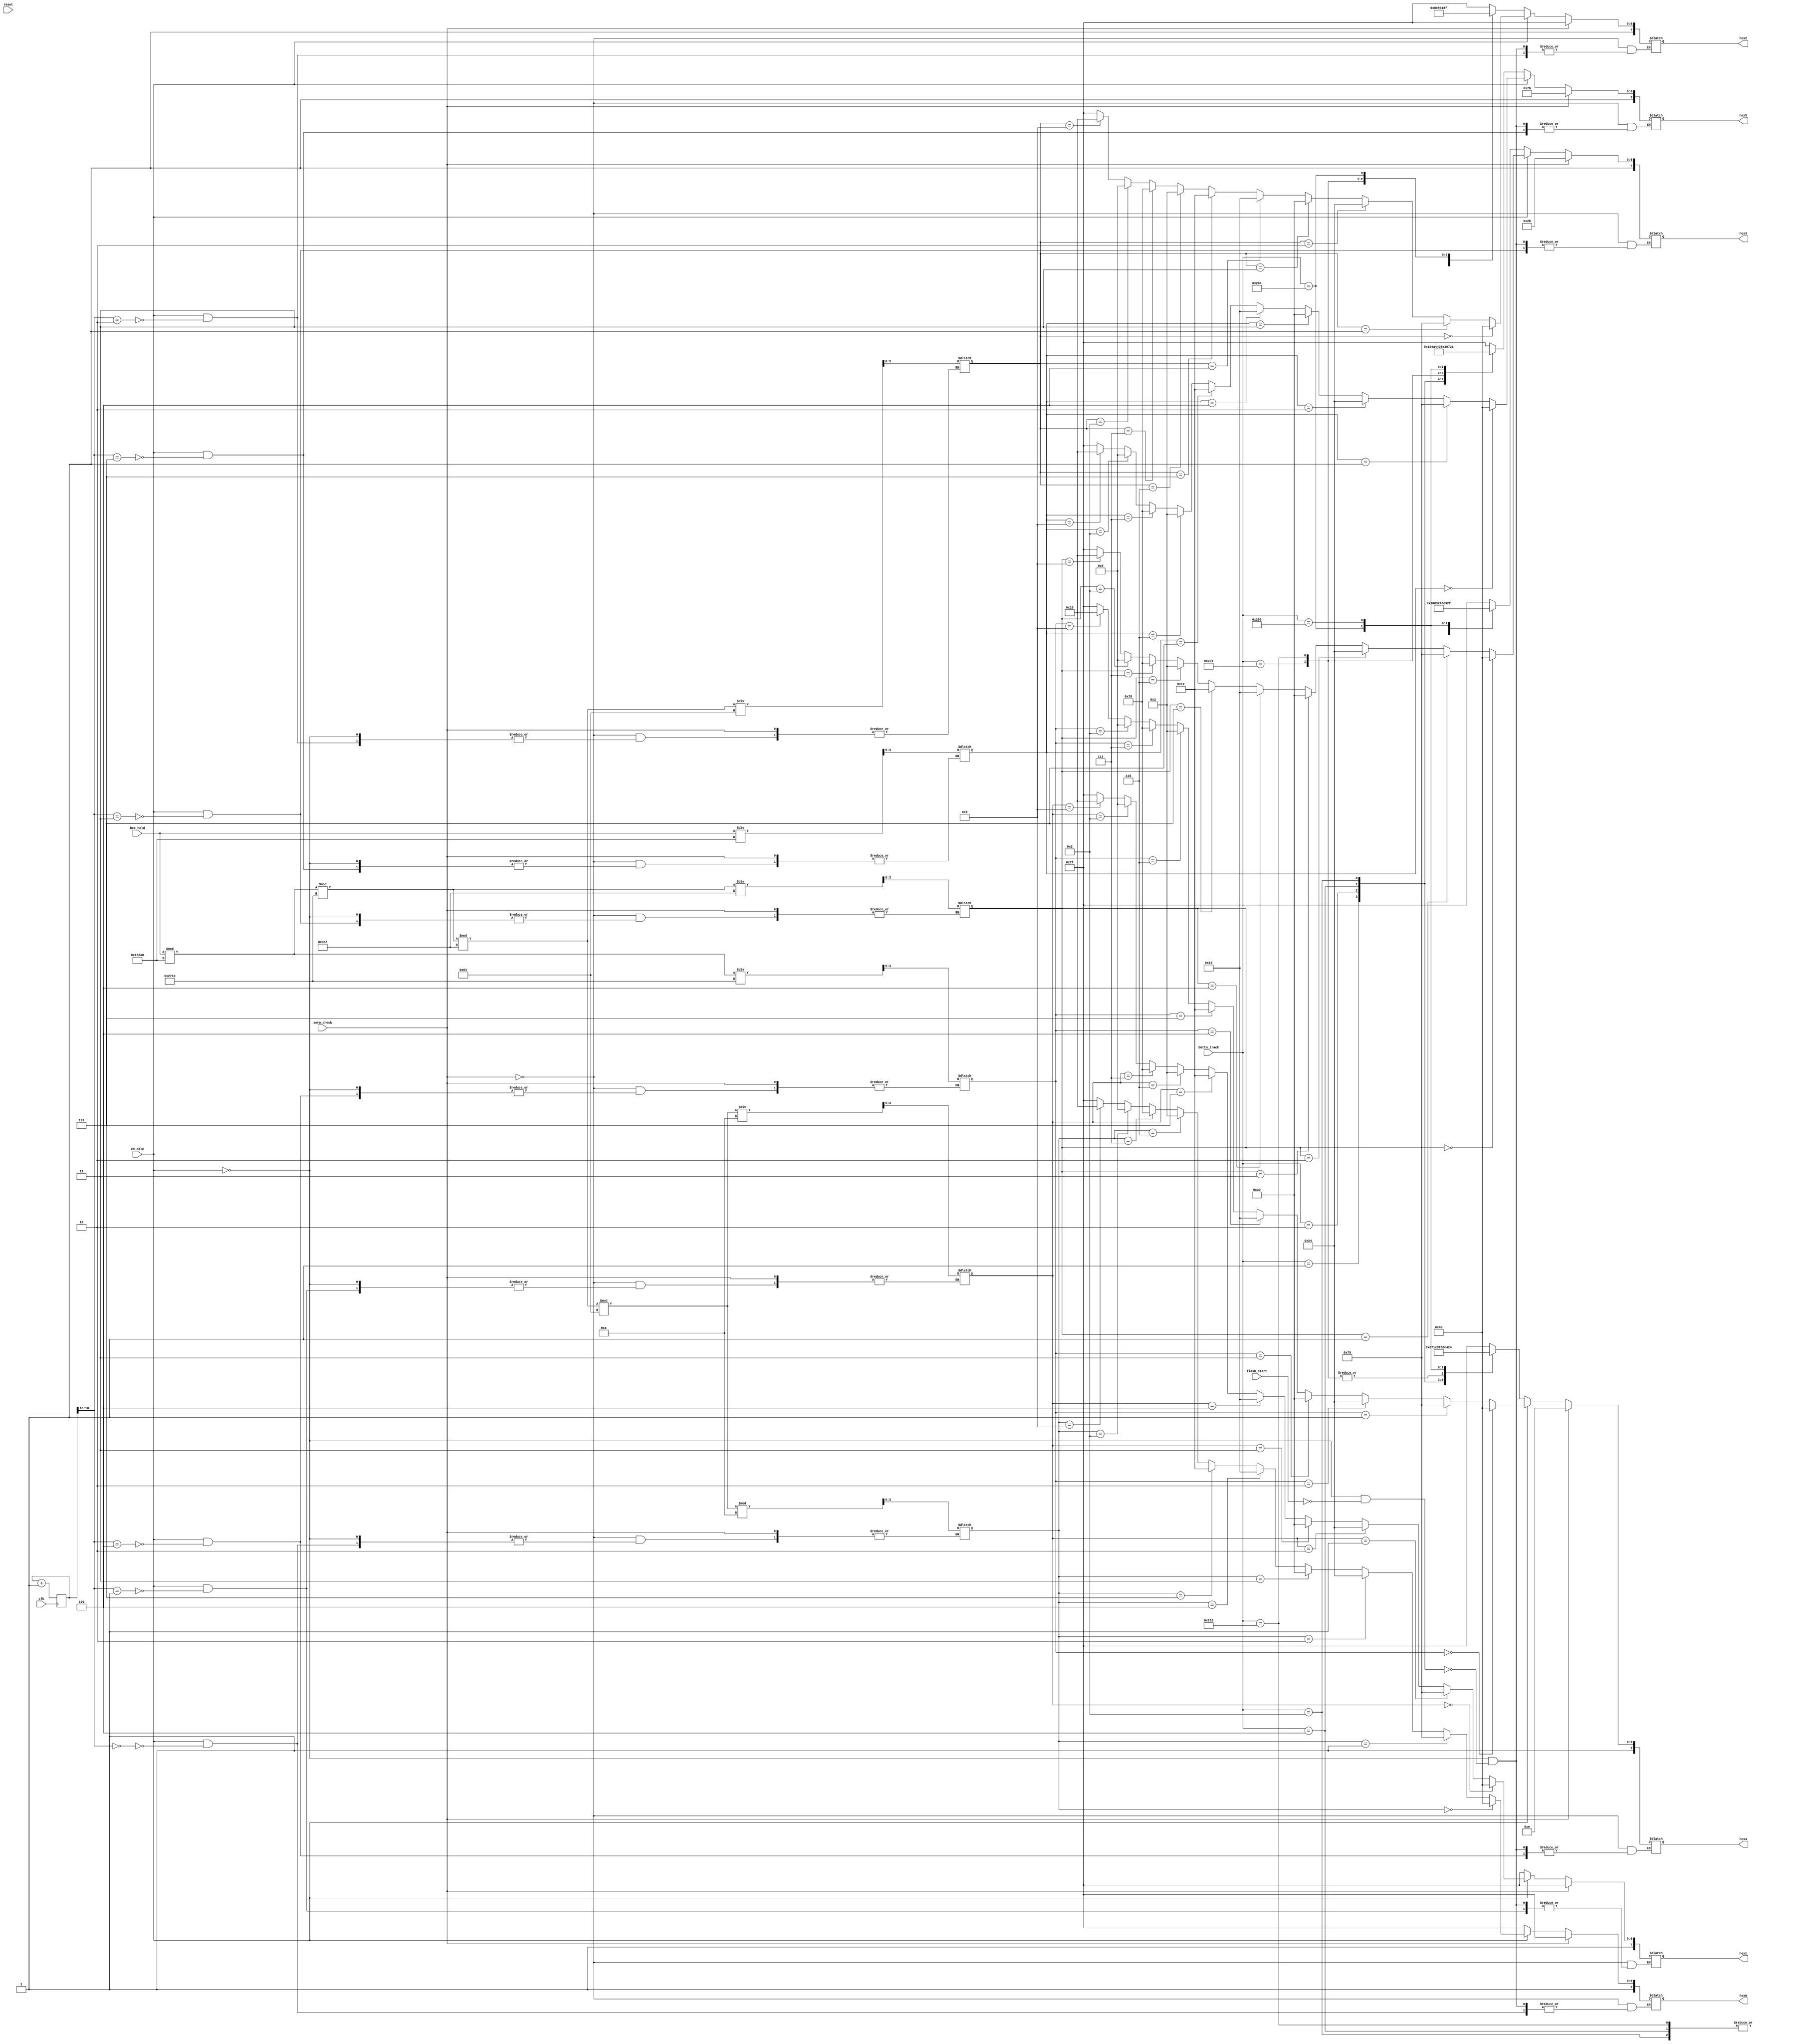
// this will only be used to display number sequences and not operation types

module display(
					input [19:0] hex_hold,
					input reset,
					input clk,
					input en_calc,
					input [9:0] buttn_track,
					input flash_start,
					input zero_check,
					output reg [7:0] hex5, hex4, hex3, hex2, hex1, hex0
					);

	wire eb_calc;
	
	localparam blank = 8'b11111111;
	localparam zero = 8'b11000000;
	localparam one = 8'b11111001;
	localparam two = 8'b10100100;
	localparam three = 8'b10110000;
	localparam four = 8'b10011001;
	localparam five = 8'b10010010;
	localparam six = 8'b10000010;
	localparam seven = 8'b11111000;
	localparam eight = 8'b10000000;
	localparam nine = 8'b10010000;
	//localparam negative = 8'b11111111; //I'm leaving this out for now
	
	localparam add = 24'b100010001010000110100001;
	localparam sub = 24'b100100101110001110000011;
	localparam mul = 32'b11001000110010001110001111000111;
	localparam div = 24'b110000001111101111100011;
	localparam log = 24'b110001111010001110010000;
	localparam pow = 32'b10001100101000111110001111100011;
	localparam fact = 32'b10001110100010001100011010001111;
	localparam dtor = 24'b101000011010010010101111;
	localparam ifn =  24'b111110111000111010101011;
	localparam err =  24'b100001101010111110101111;
	localparam nios = 32'b10101011111110111010001110010010;
	
	localparam calc = 32'b11000110100010001100011111000110;
	
	reg [27:0] beep_bop;
	
	reg [18:0] refresh;
	wire [2:0] en;
	reg [3:0] hex_decode [5:0];
	
	always@(posedge clk)
	begin
		refresh <= refresh + 16'b1;	
	end
	
	assign en = refresh [18:16];
	
	always @ (*)
	begin
		
		if  (zero_check == 1'b1)
			begin
				hex5 <= ifn[23:16];
				hex4 <= ifn[15:8]; 
				hex3 <= ifn[7:0];
				hex2 <= blank;
				hex1 <= blank;
				hex0 <= blank;
			end
	
		else if(en_calc == 1'b1)
		begin

			case(en)
			
				0 	  : begin
								hex_decode[0] <= ((((hex_hold % 100000)%10000)%1000)%100)%10;
								
								if(hex_decode[0] == 4'd0) hex0 <= zero;
								else if(hex_decode[0] == 4'd1) hex0 <= one;
								else if(hex_decode[0] == 4'd2) hex0 <= two;
								else if(hex_decode[0] == 4'd3) hex0 <= three;
								else if(hex_decode[0] == 4'd4) hex0 <= four;
								else if(hex_decode[0] == 4'd5) hex0 <= five;
								else if(hex_decode[0] == 4'd6) hex0 <= six;
								else if(hex_decode[0] == 4'd7) hex0 <= seven;
								else if(hex_decode[0] == 4'd8) hex0 <= eight;
								else if(hex_decode[0] == 4'd9) hex0 <= nine;
								else hex0 <= blank;
								
							 end
				1 	  : begin
								hex_decode[1] <= ((((hex_hold % 100000)%10000)%1000)%100)/10;
								
								if(hex_decode[1] == 4'd0) hex1 <= zero;
								else if(hex_decode[1] == 4'd1) hex1 <= one;
								else if(hex_decode[1] == 4'd2) hex1 <= two;
								else if(hex_decode[1] == 4'd3) hex1 <= three;
								else if(hex_decode[1] == 4'd4) hex1 <= four;
								else if(hex_decode[1] == 4'd5) hex1 <= five;
								else if(hex_decode[1] == 4'd6) hex1 <= six;
								else if(hex_decode[1] == 4'd7) hex1 <= seven;
								else if(hex_decode[1] == 4'd8) hex1 <= eight;
								else if(hex_decode[1] == 4'd9) hex1 <= nine;
								else hex1 <= blank;
								
							 end
				2 	  : begin
								hex_decode[2] <= (((hex_hold % 100000)%10000)%1000)/100;
								
								if(hex_decode[2] == 4'd0) hex2 <= zero;
								else if(hex_decode[2] == 4'd1) hex2 <= one;
								else if(hex_decode[2] == 4'd2) hex2 <= two;
								else if(hex_decode[2] == 4'd3) hex2 <= three;
								else if(hex_decode[2] == 4'd4) hex2 <= four;
								else if(hex_decode[2] == 4'd5) hex2 <= five;
								else if(hex_decode[2] == 4'd6) hex2 <= six;
								else if(hex_decode[2] == 4'd7) hex2 <= seven;
								else if(hex_decode[2] == 4'd8) hex2 <= eight;
								else if(hex_decode[2] == 4'd9) hex2 <= nine;
								else hex2 <= blank;
								
							 end
				3 	  : begin
								hex_decode[3] <= ((hex_hold % 100000)%10000)/1000;
								
								if(hex_decode[3] == 4'd0) hex3 <= zero;
								else if(hex_decode[3] == 4'd1) hex3 <= one;
								else if(hex_decode[3] == 4'd2) hex3 <= two;
								else if(hex_decode[3] == 4'd3) hex3 <= three;
								else if(hex_decode[3] == 4'd4) hex3 <= four;
								else if(hex_decode[3] == 4'd5) hex3 <= five;
								else if(hex_decode[3] == 4'd6) hex3 <= six;
								else if(hex_decode[3] == 4'd7) hex3 <= seven;
								else if(hex_decode[3] == 4'd8) hex3 <= eight;
								else if(hex_decode[3] == 4'd9) hex3 <= nine;
								else hex3 <= blank;
								
							 end
				4 	  : begin
								hex_decode[4] <= (hex_hold % 100000)/10000;
								
								if(hex_decode[4] == 4'd0) hex4 <= zero;
								else if(hex_decode[4] == 4'd1) hex4 <= one;
								else if(hex_decode[4] == 4'd2) hex4 <= two;
								else if(hex_decode[4] == 4'd3) hex4 <= three;
								else if(hex_decode[4] == 4'd4) hex4 <= four;
								else if(hex_decode[4] == 4'd5) hex4 <= five;
								else if(hex_decode[4] == 4'd6) hex4 <= six;
								else if(hex_decode[4] == 4'd7) hex4 <= seven;
								else if(hex_decode[4] == 4'd8) hex4 <= eight;
								else if(hex_decode[4] == 4'd9) hex4 <= nine;
								else hex4 <= blank;
								
							 end
				5 	  : begin
								hex_decode[5] <= (hex_hold / 100000);
								
								if(hex_decode[5] == 4'd0) hex5 <= zero;
								else if(hex_decode[5] == 4'd1) hex5 <= one;
								else if(hex_decode[5] == 4'd2) hex5 <= two;
								else if(hex_decode[5] == 4'd3) hex5 <= three;
								else if(hex_decode[5] == 4'd4) hex5 <= four;
								else if(hex_decode[5] == 4'd5) hex5 <= five;
								else if(hex_decode[5] == 4'd6) hex5 <= six;
								else if(hex_decode[5] == 4'd7) hex5 <= seven;
								else if(hex_decode[5] == 4'd8) hex5 <= eight;
								else if(hex_decode[5] == 4'd9) hex5 <= nine;
								else hex5 <= blank;
								
							 end
			
			endcase
			
	   end	
	  
		else if((en_calc == 1'b0) && (flash_start == 1'b0))
		begin
			
			case(buttn_track)
				10'b0000000001 : begin //add
								hex5 <= add[23:16];
								hex4 <= add[15:8]; 
								hex3 <= add[7:0];
								hex2 <= blank;
								hex1 <= blank;
								hex0 <= blank;
							 end
				10'b0000000010 : begin //sub
								hex5 <= sub[23:16];
								hex4 <= sub[15:8]; 
								hex3 <= sub[7:0];
								hex2 <= blank;
								hex1 <= blank;
								hex0 <= blank;
							 end
				10'b0000000100 : begin //mul
								hex5 <= mul[31:24];
								hex4 <= mul[23:16];
								hex3 <= mul[15:8]; 
								hex2 <= mul[7:0];
								hex1 <= blank;
								hex0 <= blank;
							 end
				10'b0000001000 : begin //div
								hex5 <= div[23:16];
								hex4 <= div[15:8]; 
								hex3 <= div[7:0];
								hex2 <= blank;
								hex1 <= blank;
								hex0 <= blank;
							 end
				10'b1000000001: begin //log
								hex5 <= log[23:16];
								hex4 <= log[15:8]; 
								hex3 <= log[7:0];
								hex2 <= two;
								hex1 <= blank;
								hex0 <= blank;
							 end
				10'b1000000010 : begin //pow
								hex5 <= pow[31:24];
								hex4 <= pow[23:16];
								hex3 <= pow[15:8]; 
								hex2 <= pow[7:0];
								hex1 <= blank;
								hex0 <= blank;
							 end
				10'b1000000100 : begin //factorial
								hex5 <= fact[31:24];
								hex4 <= fact[23:16];
								hex3 <= fact[15:8]; 
								hex2 <= fact[7:0];
								hex1 <= blank;
								hex0 <= blank;
							 end
				10'b1000001000 : begin //degrees to radians
								hex5 <= dtor[23:16];
								hex4 <= dtor[15:8]; 
								hex3 <= dtor[7:0];
								hex2 <= blank;
								hex1 <= blank;
								hex0 <= blank;
							 end
				/*10'b1000010000 : begin //tan
								hex5 <= tan[31:24];
								hex4 <= tan[23:16];
								hex3 <= tan[15:8]; 
								hex2 <= tan[7:0];
								hex1 <= blank;
								hex0 <= blank;
							 end
				
				9'b000010000 : begin //log
								hex5 <= log[23:16];
								hex4 <= log[15:8]; 
								hex3 <= log[7:0];
								hex2 <= two;
								hex1 <= blank;
								hex0 <= blank;
							 end
				9'b000100000 : begin //pow
								hex5 <= pow[31:24];
								hex4 <= pow[23:16];
								hex3 <= pow[15:8]; 
								hex2 <= pow[7:0];
								hex1 <= blank;
								hex0 <= blank;
							 end
				9'b001000000 : begin //sin
								hex5 <= sin[23:16];
								hex4 <= sin[15:8]; 
								hex3 <= sin[7:0];
								hex2 <= blank;
								hex1 <= blank;
								hex0 <= blank;
							 end
				9'b010000000 : begin //cos
								hex5 <= cos[23:16];
								hex4 <= cos[15:8]; 
								hex3 <= cos[7:0];
								hex2 <= blank;
								hex1 <= blank;
								hex0 <= blank;
							 end
				9'b100000000 : begin //tan
								hex5 <= tan[31:24];
								hex4 <= tan[23:16];
								hex3 <= tan[15:8]; 
								hex2 <= tan[7:0];
								hex1 <= blank;
								hex0 <= blank;
							 end*/
				default : begin
								hex5 <= blank;
								hex4 <= blank; 
								hex3 <= blank;
								hex2 <= blank;
								hex1 <= blank;
								hex0 <= blank;
							 end
			endcase
			
		end
		
		/*
		else if(flash_start == 1'b1)
		begin
			
			if(beep_bop == 1)
			begin
			
				hex5 <= calc[31:24];
				hex4 <= calc[23:16]; 
				hex3 <= calc[15:8];
				hex2 <= calc[7:0];
				hex1 <= blank;
				hex0 <= blank;
				
			end
			
			else if(beep_bop == 25000000)
			begin
			
				hex5 <= blank;
				hex4 <= blank; 
				hex3 <= blank;
				hex2 <= blank;
				hex1 <= blank;
				hex0 <= blank;
			
			end
			
			else if(beep_bop == 50000000)
			begin
			
				beep_bop = 0;
			
			end
			
			beep_bop = beep_bop + 1;
		
		end*/
	
	end
	
endmodule